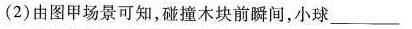
(2)由图甲场景可知，碰撞木块前瞬间，小球_________